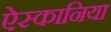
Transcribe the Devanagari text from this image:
ऐस्कानिया